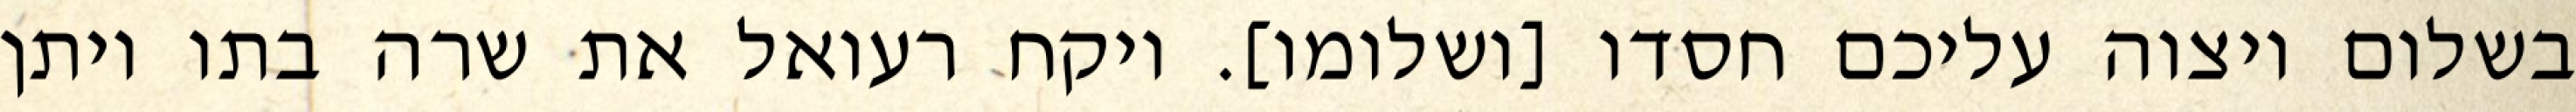
בשלום ויצוה עליכם חסדו [ושלומו]. ויקח רעואל את שרה בתו ויתן